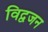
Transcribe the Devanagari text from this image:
विद्वजन